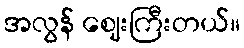
အလွန် ဈေးကြီးတယ်။